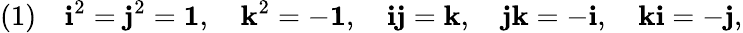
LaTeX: (1)\quad{\mathrm{\mathbf{i}}}^{2}={\mathrm{\mathbf{j}}}^{2}={\mathrm{\mathbf{1}}},\quad{\mathrm{\mathbf{k}}}^{2}=-{\mathrm{\mathbf{1}}},\quad{\mathrm{\mathbf{i}}}{\mathrm{\mathbf{j}}}={\mathrm{\mathbf{k}}},\quad{\mathrm{\mathbf{j}}}{\mathrm{\mathbf{k}}}=-{\mathrm{\mathbf{i}}},\quad{\mathrm{\mathbf{k}}}{\mathrm{\mathbf{i}}}=-{\mathrm{\mathbf{j}}},